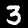
Label: 3